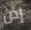
إذن